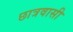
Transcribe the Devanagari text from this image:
छात्रवासी